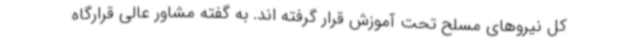
کل نیروهای مسلح تحت آموزش قرار گرفته اند. به گفته مشاور عالی قرارگاه